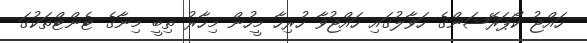
ހައްޖު ކޯޕަރޭޝަންގެ ހަވާލުގައި ހައްޖުވާ ހުރިހާ މީހުން މިހާރު ތިބީ މިނާގެ ޓެންޓްތަކުގަ